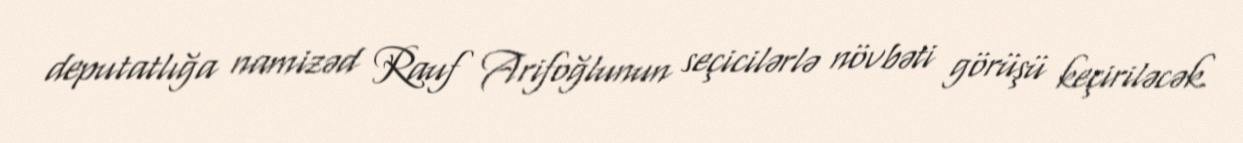
deputatlığa namizəd Rauf Arifoğlunun seçicilərlə növbəti görüşü keçiriləcək.